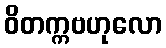
ဝိတက္ကဗဟုလော